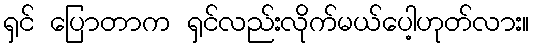
ရှင် ပြောတာက ရှင်လည်းလိုက်မယ်ပေါ့ဟုတ်လား။